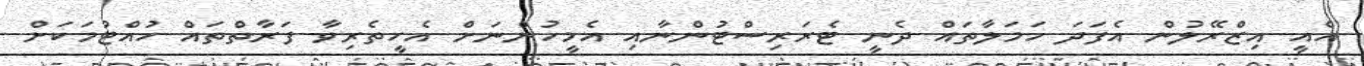
އެއީ އިޒްރޭލުން އެފަދަ ހަމަލާތައް ދެނީ ޓެރަރިސްޓުންނާއި އެމީހުންނަށް އެހީތެރިވާ ފަރާތްތައް ހުއްޓުމަކަށް